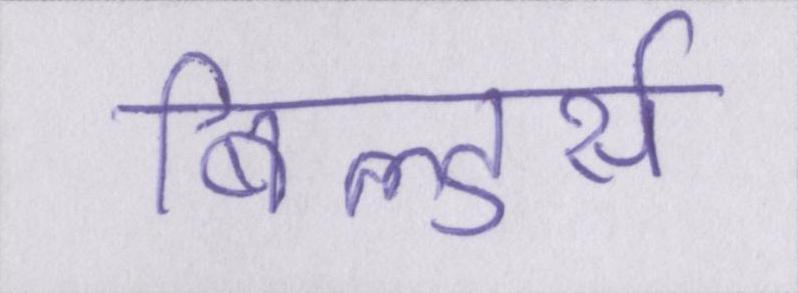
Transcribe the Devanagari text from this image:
बिल्डर्स